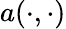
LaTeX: a(\cdot,\cdot)